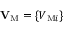
{ \bf { V } } _ { \mathrm { { M } } } = \{ { V _ { \mathrm { { M } } i } } \}